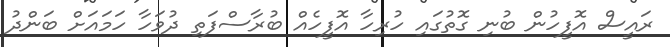
ރައީސް އޮފީހުން ބުނި ގޮތުގައި ހުރިހާ އޮފީހެއް ބުރާސްފަތި ދުވަހާ ހަމައަށް ބަންދު